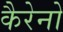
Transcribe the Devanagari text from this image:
कैरेनो